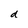
Character: d